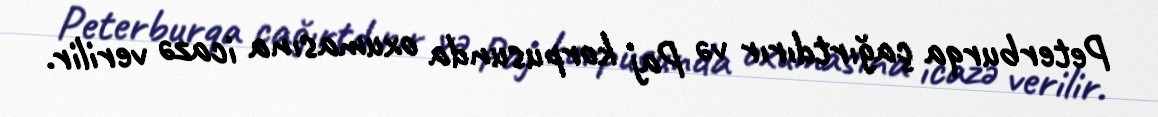
Peterburqa çağırtdırır və Paj korpusunda oxumasına icazə verilir.